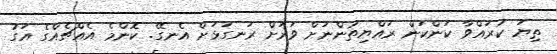
ތިޔަ ކުރައްވާ ކަންކަން ރައްޔިތުންނަށް ވަރަށް ރަނގަޅަށް އެނގޭ. ކޮންމެ އެއްޗެއްގެ އަގު